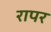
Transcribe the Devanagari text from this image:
रापर